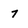
Character: 7